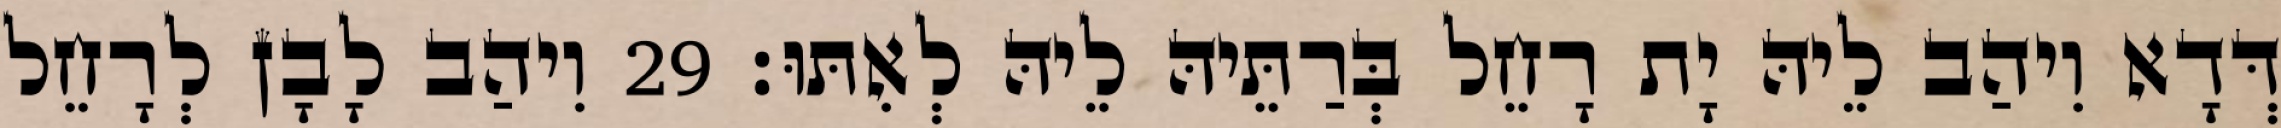
דְּדָא וִיהַב לֵיהּ יָת רָחֵל בְּרַתֵּיהּ לֵיהּ לְאִתּוּ׃ 29 וִיהַב לָבָן לְרָחֵל